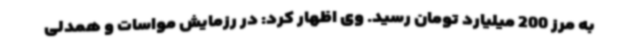
به مرز 200 میلیارد تومان رسید. وی اظهار کرد: در رزمایش مواسات و همدلی